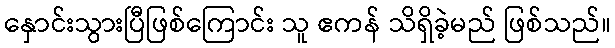
နှောင်းသွားပြီဖြစ်ကြောင်း သူ ဧကန် သိရှိခဲ့မည် ဖြစ်သည်။